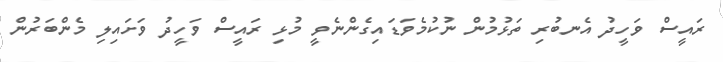
ރައީސް ވަހީދު އެނބުރި ތަޅުމުން ނުކުމެވަޑައިގެންނެވީ މުޅި ރައީސް ވަހީދު ވަށައިލި މެންބަރުން